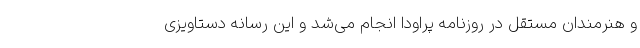
و هنرمندان مستقل در روزنامه پراودا انجام می‌شد و این رسانه دستاویزی